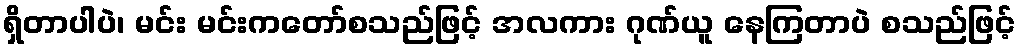
ရှိတာပါပဲ၊ မင်း မင်းကတော်စသည်ဖြင့် အလကား ဂုဏ်ယူ နေကြတာပဲ စသည်ဖြင့်